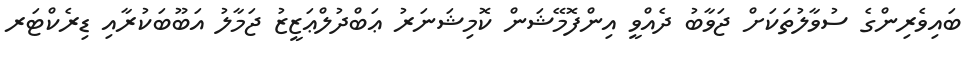
ބައިވެރިންގެ ސުވާލުތަކަށް ޖަވާބު ދެއްވީ އިންފޮމޭޝަން ކޮމިޝަނަރު ޢަބްދުލްޢަޒީޒު ޖަމާލު އަބޫބަކުރާއި ޑިރެކްޓަރ